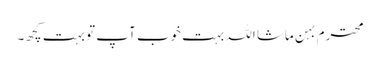
محترم بہن ماشا اللہ بہت خوب آپ تو بہت کچھ۔